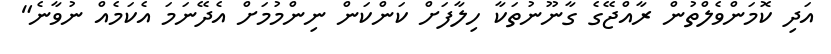
އަދި ކޮމަންވެލްތުން ރާއްޖޭގެ ގާނޫނުތަކާ ހިލާފަށް ކަންކަން ނިންމުމަށް އެދޭނަމަ އެކަމެއް ނުވާނެ"